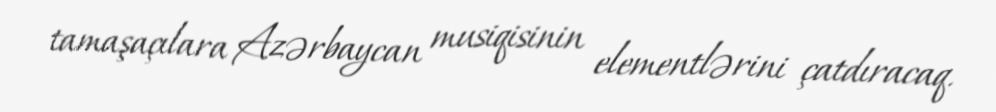
tamaşaçılara Azərbaycan musiqisinin elementlərini çatdıracaq.